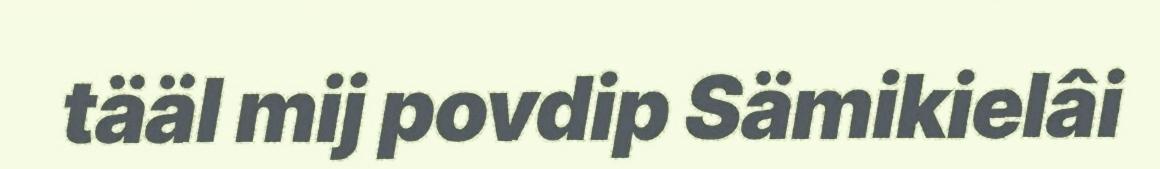
tääl mij povdip Sämikielâi